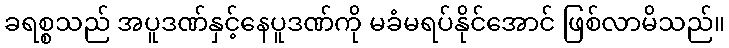
ခရစ္စသည် အပူဒဏ်နှင့်နေပူဒဏ်ကို မခံမရပ်နိုင်အောင် ဖြစ်လာမိသည်။